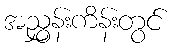
အညွှန်းကိန်းတွင်